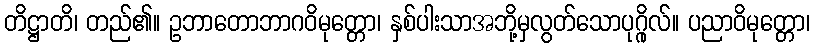
တိဋ္ဌာတိ၊ တည်၏။ ဥဘာတောဘာဂဝိမုတ္တော၊ နှစ်ပါးသာအဘို့မှလွတ်သောပုဂ္ဂိုလ်။ ပညာဝိမုတ္တော၊